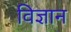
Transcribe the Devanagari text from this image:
विज्ञान